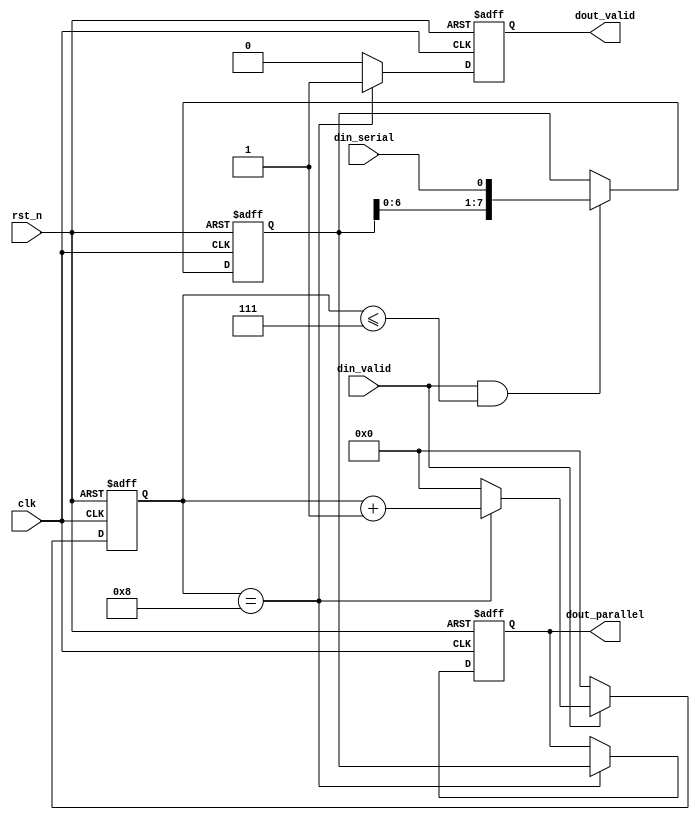

module serial2parallel(
	input clk,
	input rst_n,
	input din_serial,
	input din_valid,
	output reg [7:0]dout_parallel,
	output reg dout_valid
);

	reg[7:0]din_tmp;
	reg[3:0]cnt;
	
	always@(posedge clk or negedge rst_n)begin
		if(!rst_n)
			cnt <= 0;
		else if(din_valid)
			cnt <= (cnt == 4'd8)?cnt+1'b1:0;
		else	
			cnt <= 0;
	end
	
	always@(posedge clk or negedge rst_n)begin
		if(!rst_n)
			din_tmp <= 8'b0;
		else if(din_valid && cnt <= 4'd7)
			din_tmp <= {din_tmp[6:0],din_serial};
	
	end 
	
	always@(posedge clk or negedge rst_n)begin
		if(!rst_n)begin
			dout_valid <= 1'b0;
			dout_parallel <= 8'b0;
		end
		else if(cnt == 4'd8)begin
			dout_valid <= 1'b1;
			dout_parallel <= din_tmp;
		end
		else begin
			dout_valid <= 1'b0;
		end
	end 
	
endmodule